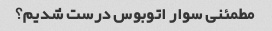
مطمئنی سوار اتوبوس درست شدیم؟